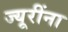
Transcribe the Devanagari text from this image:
ज्यूरींना